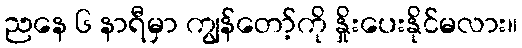
ညနေ ၆ နာရီမှာ ကျွန်တော့်ကို နှိုးပေးနိုင်မလား။